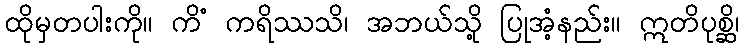
ထိုမှတပါးကို။ ကိံ ကရိဿသိ၊ အဘယ်သို့ ပြုအံ့နည်း။ ဣတိပုစ္ဆိ၊